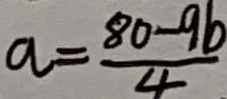
a = \frac { 8 0 - 9 b } { 4 }